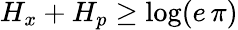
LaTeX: H_{x}+H_{p}\geq\log(e\, \pi)